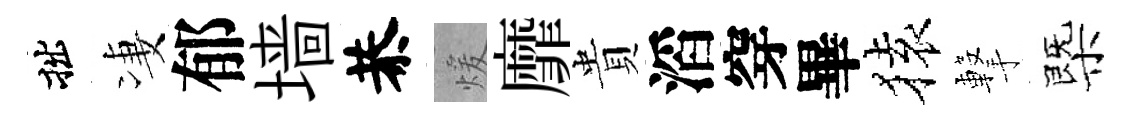
拙凄郁墙恭煖靡貴滔穿畢𫞤撃㮣